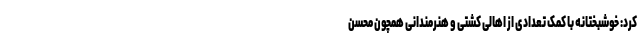
کرد: خوشبختانه با کمک تعدادی از اهالی کشتی و هنرمندانی همچون محسن